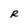
Character: R